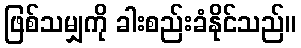
ဖြစ်သမျှကို ခါးစည်းခံနိုင်သည်။